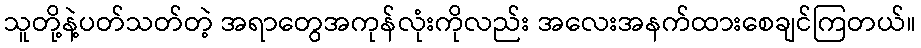
သူတို့နဲ့ပတ်သတ်တဲ့ အရာတွေအကုန်လုံးကိုလည်း အလေးအနက်ထားစေချင်ကြတယ်။